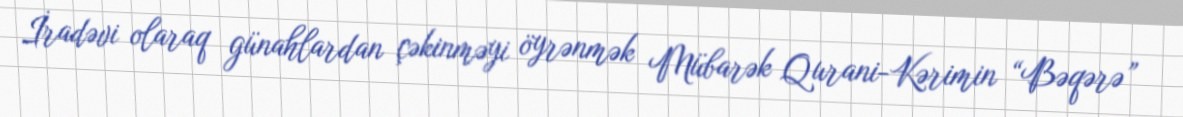
İradəvi olaraq günahlardan çəkinməyi öyrənmək Mübarək Qurani-Kərimin “Bəqərə”